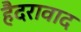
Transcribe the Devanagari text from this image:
हैदरावाद